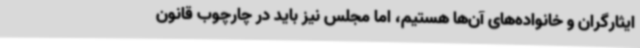
ایثارگران و خانواده‌های آن‌ها هستیم، اما مجلس نیز باید در چارچوب قانون